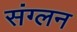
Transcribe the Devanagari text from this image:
संग्लन